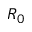
R _ { 0 }